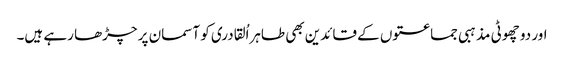
اور دو چھوٹی مذہبی جماعتوں کے قائدین بھی طاہراُلقادری کو آسمان پر چڑھا رہے ہیں۔